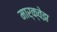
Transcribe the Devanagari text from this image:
मार्क्वेझ